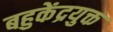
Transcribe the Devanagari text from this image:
बहुकेंद्रयुक्त